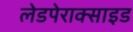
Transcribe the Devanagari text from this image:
लेडपेराक्साइड